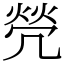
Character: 焭